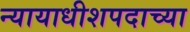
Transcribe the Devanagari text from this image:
न्यायाधीशपदाच्या